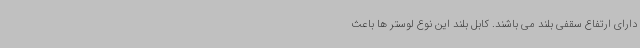
دارای ارتفاع سقفی بلند می باشند. کابل بلند این نوع لوستر ها باعث